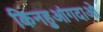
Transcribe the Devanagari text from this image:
किनहुआंगदाओ